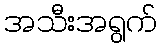
အသီးအရွက်